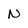
Character: N